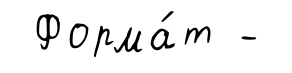
Форма́т -